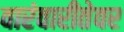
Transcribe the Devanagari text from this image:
वारंवारीतेवर